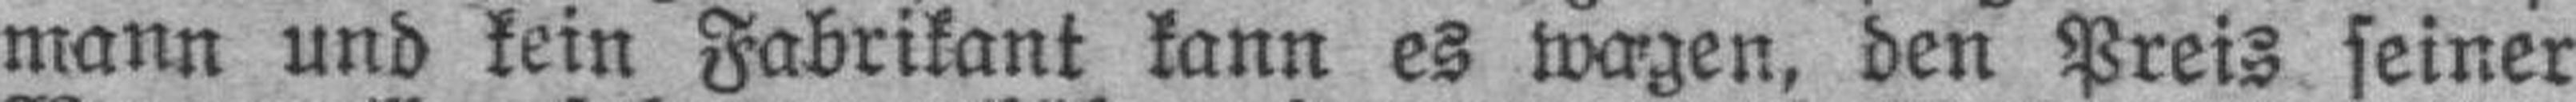
mann und kein Fabrikant kann es wagen, den Preis seiner